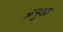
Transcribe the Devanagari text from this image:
अनुआ